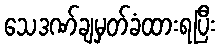
သေဒဏ်ချမှတ်ခံထားရပြီး